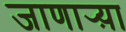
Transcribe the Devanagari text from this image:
जाणार्‍य़ा